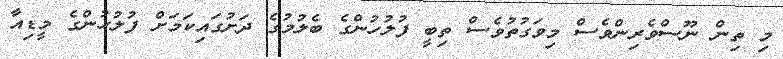
މި ތިން ނޫސްވެރިންވެސް މިވަގުތުވެސް ތިބީ ފުލުހުންގެ ބެލުމުގެ ދަށުގައިކަމަށް ފުލުހުންގެ މީޑިއާ